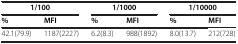
<table><thead><tr><td colspan="2"><b>1/100</b></td><td colspan="2"><b>1/1000</b></td><td colspan="2"><b>1/10000</b></td></tr><tr><td><b>%</b></td><td><b>MFI</b></td><td><b>%</b></td><td><b>MFI</b></td><td><b>%</b></td><td><b>MFI</b></td></tr></thead><tbody><tr><td>42.1(79.9)</td><td>1187(2227)</td><td>6.2(8.3)</td><td>988(1892)</td><td>8.0(13.7)</td><td>212(728)</td></tr></tbody></table>